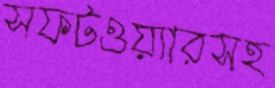
সফটওয়্যারসহ